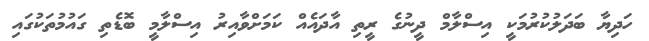
ހަދިޔާ ބަދަލުކުރުމަކީ އިސްލާމް ދީނުގެ ރީތި އާދައެއް ކަމަށްވާއިރު އިސްލާމީ ބޮޑެތި ގައުމުތަކުގައި